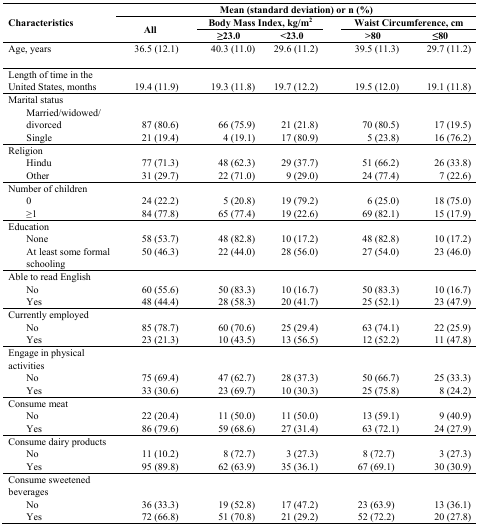
<table><thead><tr><td rowspan="3"><b>Characteristics</b></td><td colspan="5"><b>Mean (standard deviation) or n (%)</b></td></tr><tr><td rowspan="2"><b>All</b></td><td colspan="2"><b>Body Mass Index, kg/m<sup>2</sup></b></td><td colspan="2"><b>Waist Circumference, cm</b></td></tr><tr><td><b>≥23.0</b></td><td><b>&lt;23.0</b></td><td><b>&gt;80</b></td><td><b>≤80</b></td></tr></thead><tbody><tr><td>Age, years</td><td>36.5 (12.1)</td><td>40.3 (11.0)</td><td>29.6 (11.2)</td><td>39.5 (11.3)</td><td>29.7 (11.2)</td></tr><tr><td>Length of time in the United States, months</td><td>19.4 (11.9)</td><td>19.3 (11.8)</td><td>19.7 (12.2)</td><td>19.5 (12.0)</td><td>19.1 (11.8)</td></tr><tr><td>Marital status</td><td></td><td></td><td></td><td></td><td></td></tr><tr><td> Married/widowed/divorced</td><td>87 (80.6)</td><td>66 (75.9)</td><td>21 (21.8)</td><td>70 (80.5)</td><td>17 (19.5)</td></tr><tr><td> Single</td><td>21 (19.4)</td><td>4 (19.1)</td><td>17 (80.9)</td><td>5 (23.8)</td><td>16 (76.2)</td></tr><tr><td>Religion</td><td></td><td></td><td></td><td></td><td></td></tr><tr><td> Hindu</td><td>77 (71.3)</td><td>48 (62.3)</td><td>29 (37.7)</td><td>51 (66.2)</td><td>26 (33.8)</td></tr><tr><td> Other</td><td>31 (29.7)</td><td>22 (71.0)</td><td>9 (29.0)</td><td>24 (77.4)</td><td>7 (22.6)</td></tr><tr><td>Number of children</td><td></td><td></td><td></td><td></td><td></td></tr><tr><td> 0</td><td>24 (22.2)</td><td>5 (20.8)</td><td>19 (79.2)</td><td>6 (25.0)</td><td>18 (75.0)</td></tr><tr><td> ≥1</td><td>84 (77.8)</td><td>65 (77.4)</td><td>19 (22.6)</td><td>69 (82.1)</td><td>15 (17.9)</td></tr><tr><td>Education</td><td></td><td></td><td></td><td></td><td></td></tr><tr><td> None</td><td>58 (53.7)</td><td>48 (82.8)</td><td>10 (17.2)</td><td>48 (82.8)</td><td>10 (17.2)</td></tr><tr><td> At least some formal schooling</td><td>50 (46.3)</td><td>22 (44.0)</td><td>28 (56.0)</td><td>27 (54.0)</td><td>23 (46.0)</td></tr><tr><td>Able to read English</td><td></td><td></td><td></td><td></td><td></td></tr><tr><td> No</td><td>60 (55.6)</td><td>50 (83.3)</td><td>10 (16.7)</td><td>50 (83.3)</td><td>10 (16.7)</td></tr><tr><td> Yes</td><td>48 (44.4)</td><td>28 (58.3)</td><td>20 (41.7)</td><td>25 (52.1)</td><td>23 (47.9)</td></tr><tr><td>Currently employed</td><td></td><td></td><td></td><td></td><td></td></tr><tr><td> No</td><td>85 (78.7)</td><td>60 (70.6)</td><td>25 (29.4)</td><td>63 (74.1)</td><td>22 (25.9)</td></tr><tr><td> Yes</td><td>23 (21.3)</td><td>10 (43.5)</td><td>13 (56.5)</td><td>12 (52.2)</td><td>11 (47.8)</td></tr><tr><td>Engage in physical activities</td><td></td><td></td><td></td><td></td><td></td></tr><tr><td> No</td><td>75 (69.4)</td><td>47 (62.7)</td><td>28 (37.3)</td><td>50 (66.7)</td><td>25 (33.3)</td></tr><tr><td> Yes</td><td>33 (30.6)</td><td>23 (69.7)</td><td>10 (30.3)</td><td>25 (75.8)</td><td>8 (24.2) </td></tr><tr><td>Consume meat</td><td></td><td></td><td></td><td></td><td></td></tr><tr><td> No</td><td>22 (20.4)</td><td>11 (50.0)</td><td>11 (50.0)</td><td>13 (59.1)</td><td>9 (40.9)</td></tr><tr><td> Yes</td><td>86 (79.6)</td><td>59 (68.6)</td><td>27 (31.4)</td><td>63 (72.1)</td><td>24 (27.9)</td></tr><tr><td>Consume dairy products</td><td></td><td></td><td></td><td></td><td></td></tr><tr><td> No</td><td>11 (10.2)</td><td>8 (72.7)</td><td>3 (27.3)</td><td>8 (72.7)</td><td>3 (27.3)</td></tr><tr><td> Yes</td><td>95 (89.8)</td><td>62 (63.9)</td><td>35 (36.1)</td><td>67 (69.1)</td><td>30 (30.9)</td></tr><tr><td>Consume sweetened beverages</td><td></td><td></td><td></td><td></td><td></td></tr><tr><td> No</td><td>36 (33.3)</td><td>19 (52.8)</td><td>17 (47.2)</td><td>23 (63.9)</td><td>13 (36.1)</td></tr><tr><td> Yes</td><td>72 (66.8)</td><td>51 (70.8)</td><td>21 (29.2)</td><td>52 (72.2)</td><td>20 (27.8)</td></tr></tbody></table>